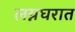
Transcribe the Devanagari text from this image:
लग्नघरात